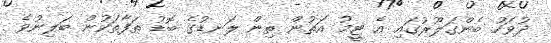
ދުވަހު ބެންގަލޫރުގައި އެ ޓީމު އަތުން ތިން ލަނޑުގެ ބޮޑު ތަފާތަކުން ބަލިނުވެ